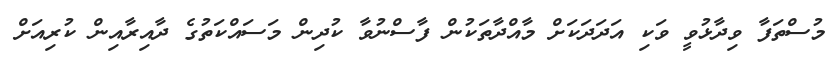
މުސްތަފާ ވިދާޅުވީ ވަކި އަދަދަކަށް މާއްދާތަކުން ފާސްނުވާ ކުދިން މަސައްކަތުގެ ދާއިރާއިން ކުރިއަށް